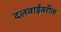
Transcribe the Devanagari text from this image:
दलवाईंवरील